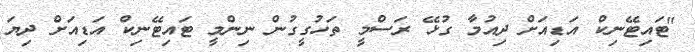
"ޓައިޓޭނިކް އަޑިއަށް ދިއުމާ ގުޅޭ ރަސްމީ ތަހުގީގުން ނިންމީ ޓައިޓޭނިކް އަޑިއަށް ދިޔަ